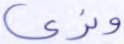
ونري